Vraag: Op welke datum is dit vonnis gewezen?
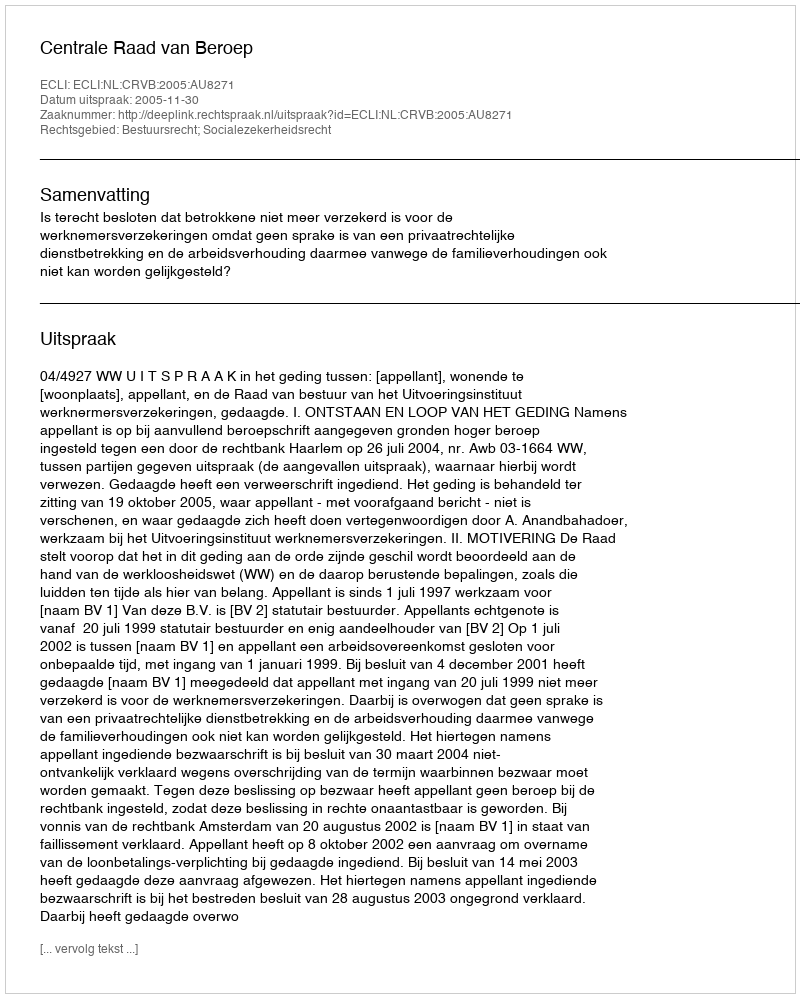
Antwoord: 2005-11-30